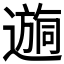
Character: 𫑉